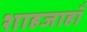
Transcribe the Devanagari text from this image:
शाहजाहाँ